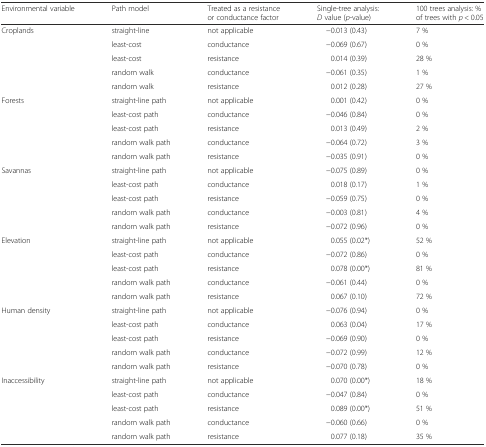
<table><thead><tr><td><b>Environmental variable</b></td><td><b>Path model</b></td><td><b>Treated as a resistance or conductance factor</b></td><td><b>Single-tree analysis: <i>D</i> value (<i>p</i>-value)</b></td><td><b>100 trees analysis: % of trees with <i>p</i> &lt; 0.05</b></td></tr></thead><tbody><tr><td>Croplands</td><td>straight-line</td><td>not applicable</td><td>−0.013 (0.43)</td><td>7 %</td></tr><tr><td></td><td>least-cost</td><td>conductance</td><td>−0.069 (0.67)</td><td>0 %</td></tr><tr><td></td><td>least-cost</td><td>resistance</td><td>0.014 (0.39)</td><td>28 %</td></tr><tr><td></td><td>random walk</td><td>conductance</td><td>−0.061 (0.35)</td><td>1 %</td></tr><tr><td></td><td>random walk</td><td>resistance</td><td>0.012 (0.28)</td><td>27 %</td></tr><tr><td>Forests</td><td>straight-line path</td><td>not applicable</td><td>0.001 (0.42)</td><td>0 %</td></tr><tr><td></td><td>least-cost path</td><td>conductance</td><td>−0.046 (0.84)</td><td>0 %</td></tr><tr><td></td><td>least-cost path</td><td>resistance</td><td>0.013 (0.49)</td><td>2 %</td></tr><tr><td></td><td>random walk path</td><td>conductance</td><td>−0.064 (0.72)</td><td>3 %</td></tr><tr><td></td><td>random walk path</td><td>resistance</td><td>−0.035 (0.91)</td><td>0 %</td></tr><tr><td>Savannas</td><td>straight-line path</td><td>not applicable</td><td>−0.075 (0.89)</td><td>0 %</td></tr><tr><td></td><td>least-cost path</td><td>conductance</td><td>0.018 (0.17)</td><td>1 %</td></tr><tr><td></td><td>least-cost path</td><td>resistance</td><td>−0.059 (0.75)</td><td>0 %</td></tr><tr><td></td><td>random walk path</td><td>conductance</td><td>−0.003 (0.81)</td><td>4 %</td></tr><tr><td></td><td>random walk path</td><td>resistance</td><td>−0.072 (0.96)</td><td>0 %</td></tr><tr><td>Elevation</td><td>straight-line path</td><td>not applicable</td><td>0.055 (0.02*)</td><td>52 %</td></tr><tr><td></td><td>least-cost path</td><td>conductance</td><td>−0.072 (0.86)</td><td>0 %</td></tr><tr><td></td><td>least-cost path</td><td>resistance</td><td>0.078 (0.00*)</td><td>81 %</td></tr><tr><td></td><td>random walk path</td><td>conductance</td><td>−0.061 (0.44)</td><td>0 %</td></tr><tr><td></td><td>random walk path</td><td>resistance</td><td>0.067 (0.10)</td><td>72 %</td></tr><tr><td>Human density</td><td>straight-line path</td><td>not applicable</td><td>−0.076 (0.94)</td><td>0 %</td></tr><tr><td></td><td>least-cost path</td><td>conductance</td><td>0.063 (0.04)</td><td>17 %</td></tr><tr><td></td><td>least-cost path</td><td>resistance</td><td>−0.069 (0.90)</td><td>0 %</td></tr><tr><td></td><td>random walk path</td><td>conductance</td><td>−0.072 (0.99)</td><td>12 %</td></tr><tr><td></td><td>random walk path</td><td>resistance</td><td>−0.070 (0.78)</td><td>0 %</td></tr><tr><td>Inaccessibility</td><td>straight-line path</td><td>not applicable</td><td>0.070 (0.00*)</td><td>18 %</td></tr><tr><td></td><td>least-cost path</td><td>conductance</td><td>−0.047 (0.84)</td><td>0 %</td></tr><tr><td></td><td>least-cost path</td><td>resistance</td><td>0.089 (0.00*)</td><td>51 %</td></tr><tr><td></td><td>random walk path</td><td>conductance</td><td>−0.060 (0.66)</td><td>0 %</td></tr><tr><td></td><td>random walk path</td><td>resistance</td><td>0.077 (0.18)</td><td>35 %</td></tr></tbody></table>